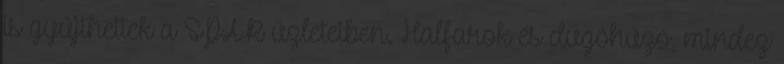
is gyűjthettek a SPAR üzleteiben. Halfarok és dugóhúzó, mindez